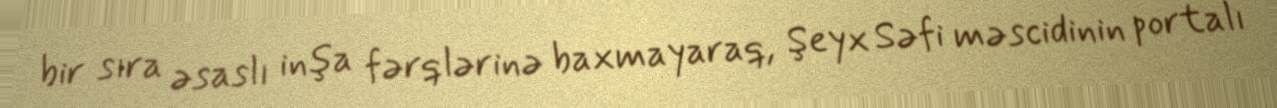
bir sıra əsaslı inşa fərqlərinə baxmayaraq, Şeyx Səfi məscidinin portalı